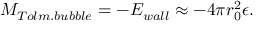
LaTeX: M _ { T o l m . b u b b l e } = - E _ { w a l l } \approx - 4 \pi r _ { 0 } ^ { 2 } \epsilon .